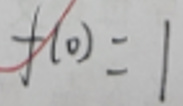
\[
f(0)=1
\]